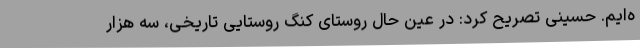
ه‌ایم. حسینی تصریح کرد: در عین حال روستای کنگ روستایی تاریخی، سه هزار